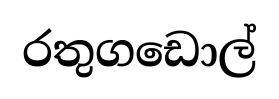
රතුගඩොල්